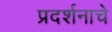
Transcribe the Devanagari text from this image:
प्रदर्शनाचे